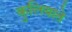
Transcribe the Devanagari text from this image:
कुलियाते